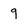
Character: 9